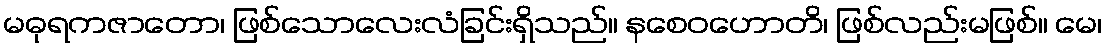
မဓုရကဇာတော၊ ဖြစ်သောလေးလံခြင်းရှိသည်။ နစေဝဟောတိ၊ ဖြစ်လည်းမဖြစ်။ မေ၊